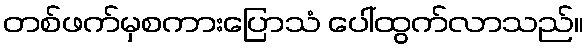
တစ်ဖက်မှစကားပြောသံ ပေါ်ထွက်လာသည်။